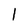
Character: I